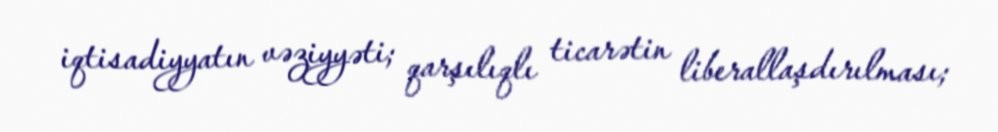
iqtisadiyyatın vəziyyəti; qarşılıqlı ticarətin liberallaşdırılması;